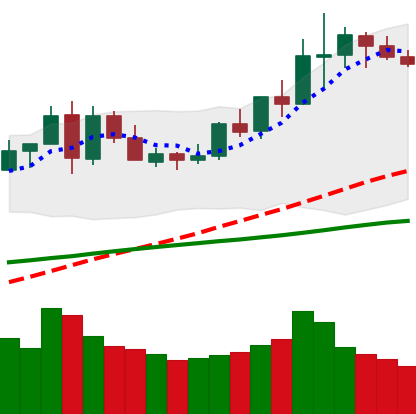
Ticker: LINK-USD
Chart end date: 2020-06-06
Forward return: -8.553%
Label: down_7plus